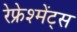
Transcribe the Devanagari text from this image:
रेफ्रेश्मेंट्स